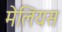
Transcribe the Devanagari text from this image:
मेलियस